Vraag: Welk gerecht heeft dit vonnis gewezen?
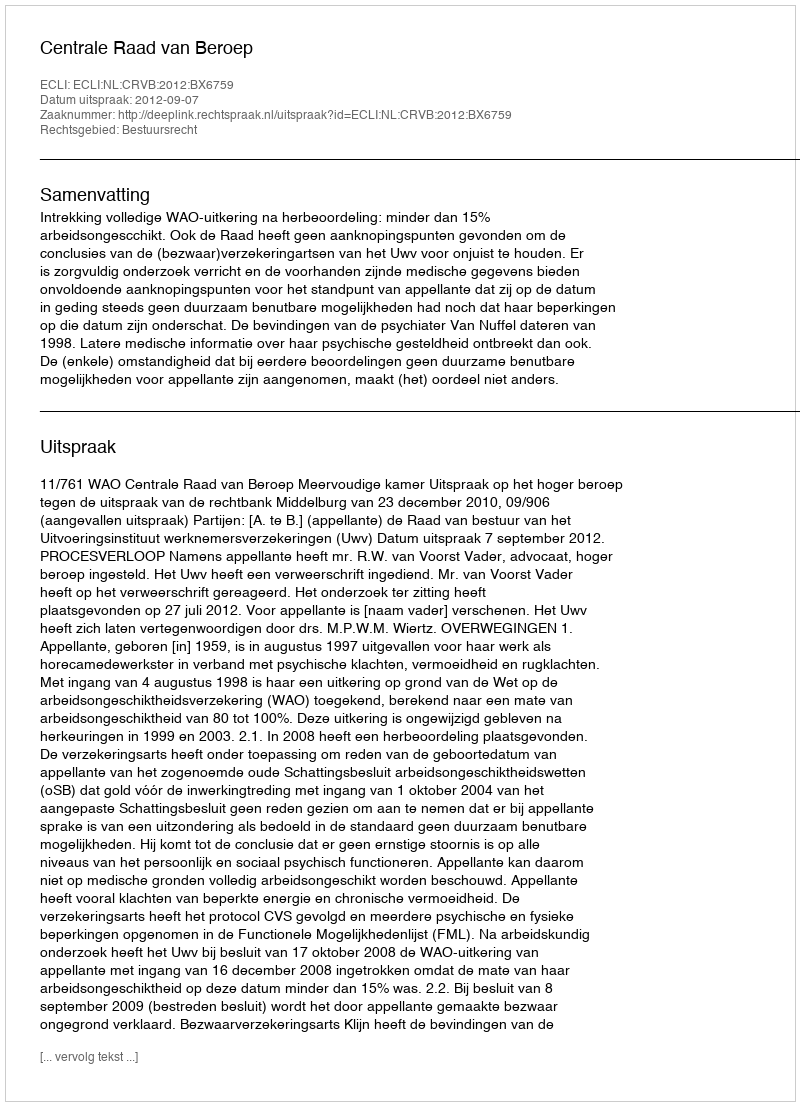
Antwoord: Centrale Raad van Beroep